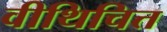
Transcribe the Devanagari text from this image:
वीथिचित्त